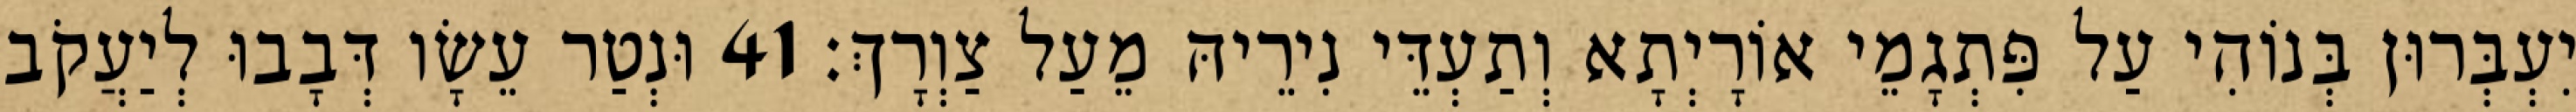
יִעְבְּרוּן בְּנוֹהִי עַל פִּתְגָמֵי אוֹרָיְתָא וְתַעְדֵּי נִירֵיהּ מֵעַל צַוְרָךְ׃ 41 וּנְטַר עֵשָׂו דְּבָבוּ לְיַעֲקֹב